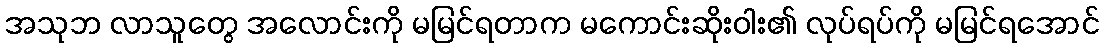
အသုဘ လာသူတွေ အလောင်းကို မမြင်ရတာက မကောင်းဆိုးဝါး၏ လုပ်ရပ်ကို မမြင်ရအောင်